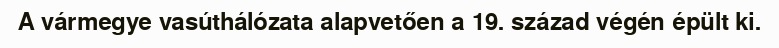
A vármegye vasúthálózata alapvetően a 19. század végén épült ki.